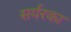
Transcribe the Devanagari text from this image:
सर्यरका